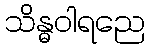
သိန္ဓဝါရညေ